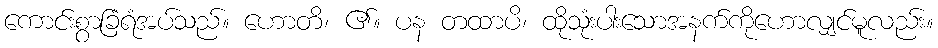
ကောင်းစွာခြံရံအပ်သည်။ ဟောတိ၊ ၏။ ပန တထာပိ၊ ထိုသုံးပါးသောအနက်ကိုဟောလျှင်မူလည်း။